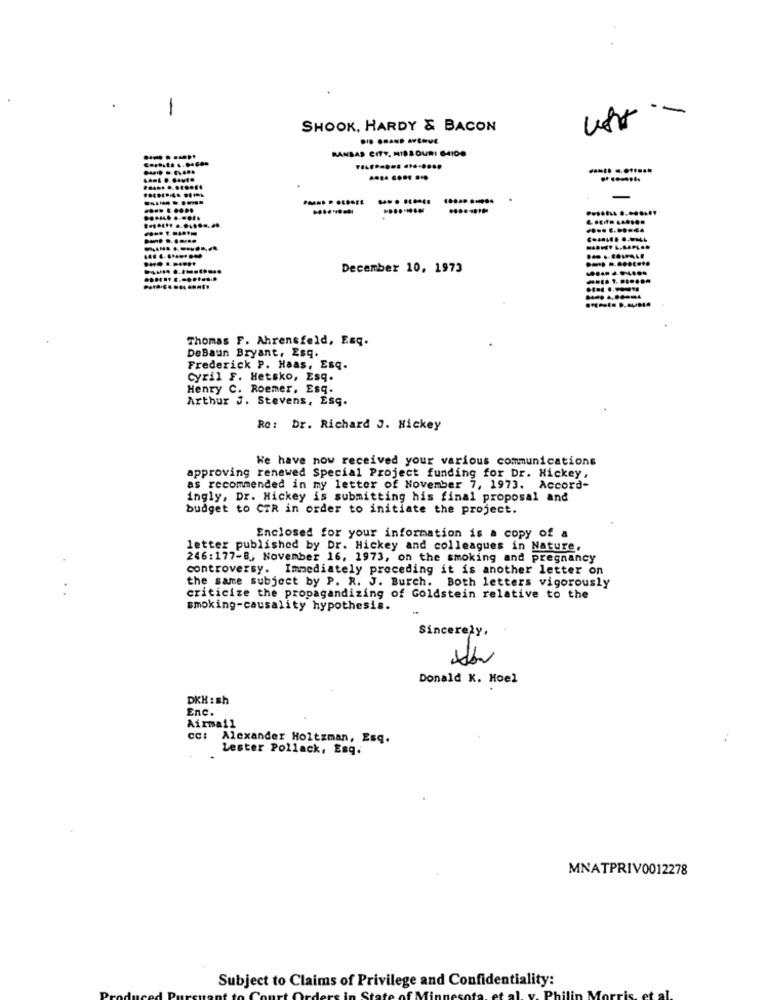
SHOOK, HARDY & BACON
KANSAS CITY, MISSOURI 64100
.... .... ...
....... ........
.... .......
December 10, 1973
Thomas F. Ahrensfeld, Esq.
DeBaun Bryant, Esq.
Frederick P. Haas, Esq.
Cyril F. Hetsko, Esq.
Henry C. Roemer, Esq.
Arthur J. Stevens, Esq.
Re: Dr. Richard J. Hickey
We have now received your various communications
approving renewed Special Project funding for Dr. Hickey,
as recommended in my letter of November 7, 1973. Accord-
ingly, Dr. Hickey is submitting his final proposal and
budget to CTR in order to initiate the project.
Enclosed for your information is a copy of a
letter published by Dr. Hickey and colleagues in Nature.
246:177-B ., November 16, 1973, on the smoking and pregnancy
controversy. Immediately preceding it is another letter on
..
the same subject by P. R. J. Burch. Both letters vigorously
criticize the propagandizing of Goldstein relative to the
smoking-causality hypothesis.
Sincerely,
Donald K. Hoel
DKH : sh
Enc.
Airmail
cc: Alexander Holtzman, Esq.
Lester Pollack, Esq.
MNATPRIV0012278
Subject to Claims of Privilege and Confidentiality: